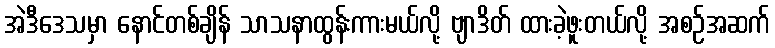
အဲဒီဒေသမှာ နောင်တစ်ချိန် သာသနာထွန်းကားမယ်လို့ ဗျာဒိတ် ထားခဲ့ဖူးတယ်လို့ အစဉ်အဆက်